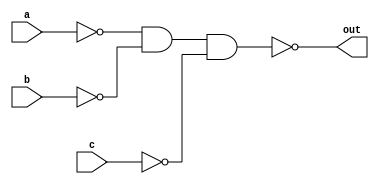
module top_module(
    input a,
    input b,
    input c,
    output out  ); 
    
    //SOP
    //assign out = a | b | c;
    
    //POS
    assign out = ~(~a & ~b & ~c);

endmodule